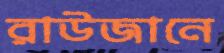
রাউজানে